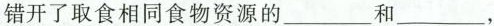
错开了取食相同食物资源的___和___，